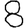
Digit: 8